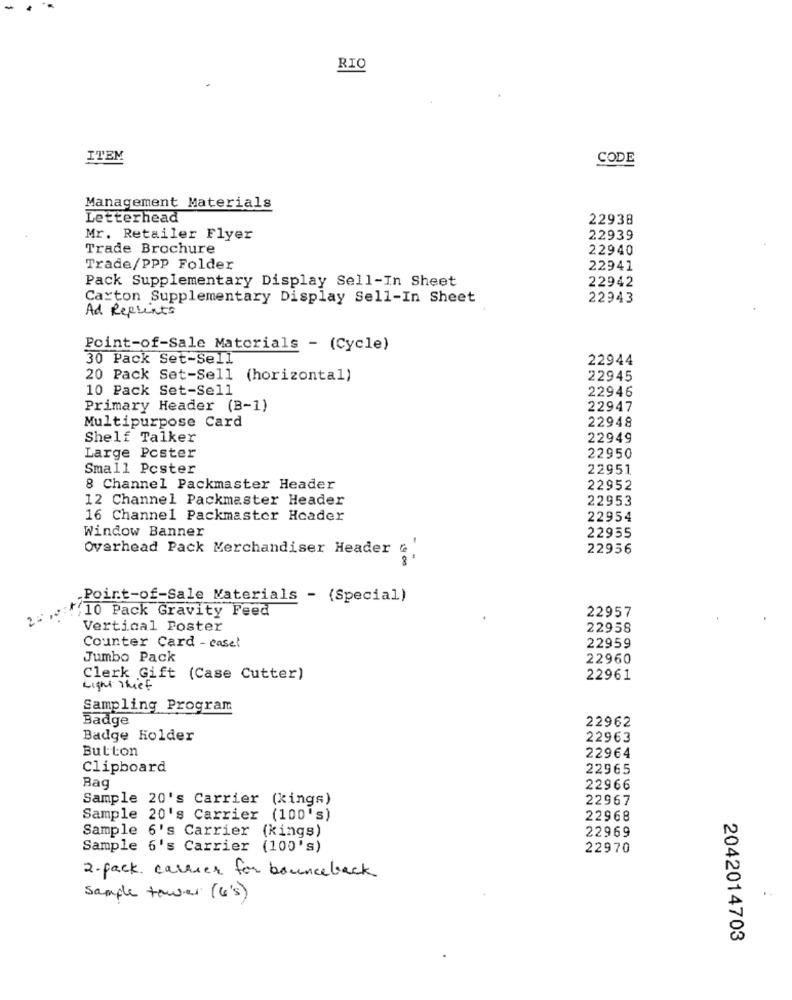
RIO
ITEM
CODE
Management Materials
Letterhead
22938
Mr. Retailer Flyer
22939
Trade Brochure
22940
Trade/PPP Folder
22941
Pack Supplementary Display Sell-In Sheet
22942
Carton Supplementary Display Sell-In Sheet
22943
Ad Reprints
Point-of-Sale Materials - (Cycle)
30 Pack Set-Sell
22944
20 Pack Set-Sell (horizontal)
22945
10 Pack Set-Sell
22946
Primary Header (B-1)
22947
22948
Multipurpose Card
Shelf Talker
22949
Large Poster
22950
Small Poster
22951
8 Channel Packmaster Header
22952
12 Channel Packmaster Header
22953
16 Channel Packmaster Header
22954
22955
Window Banner
Overhead Pack Merchandiser Header
22956
Point-of-Sale Materials - (Special)
2010 Pack Gravity Feed
22957
Vertical Foster
22958
Counter Card - caset
22959
Jumbo Pack
22960
Clerk Gift (Case Cutter)
22961
Light Thief
Sampling Program
Badge
22962
Badge Holder
22963
Button
22964
Clipboard
22965
Rag
22966
Sample 20's Carrier (kings)
22967
Sample 20's Carrier (100's)
22968
Sample 6's Carrier (kings)
22969
Sample 6's Carrier (100's)
22970
2- pack. carrier for bounceback
sample tower (6's)
2042014703